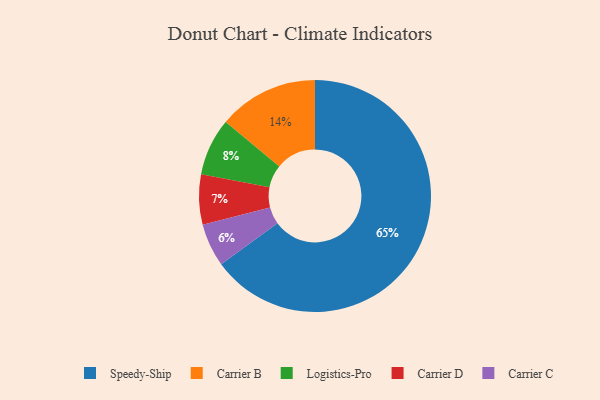
{"axis": {"x": "Category", "y": "Percentage"}, "legend": ["Carrier B", "Carrier C", "Carrier D", "Logistics-Pro", "Speedy-Ship"], "data": [{"x": "Carrier D", "y": 7, "type": "Carrier D"}, {"x": "Carrier C", "y": 6, "type": "Carrier C"}, {"x": "Carrier B", "y": 14, "type": "Carrier B"}, {"x": "Speedy-Ship", "y": 65, "type": "Speedy-Ship"}, {"x": "Logistics-Pro", "y": 8, "type": "Logistics-Pro"}]}